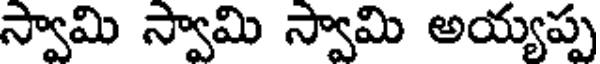
స్వామి స్వామి స్వామి అయ్యప్ప